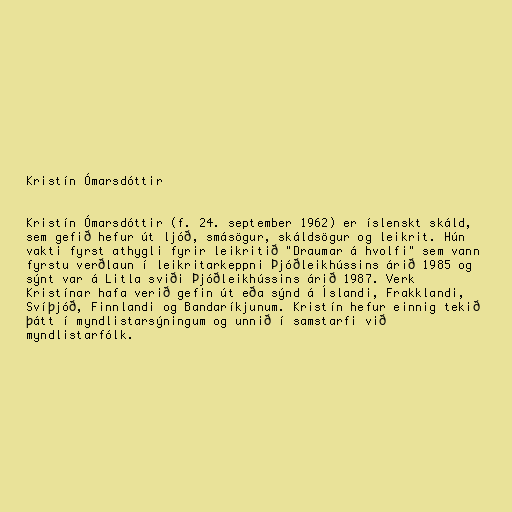
Kristín Ómarsdóttir

Kristín Ómarsdóttir (f. 24. september 1962) er íslenskt skáld,
sem gefið hefur út ljóð, smásögur, skáldsögur og leikrit. Hún
vakti fyrst athygli fyrir leikritið "Draumar á hvolfi" sem vann
fyrstu verðlaun í leikritarkeppni Þjóðleikhússins árið 1985 og
sýnt var á Litla sviði Þjóðleikhússins árið 1987. Verk
Kristínar hafa verið gefin út eða sýnd á Íslandi, Frakklandi,
Svíþjóð, Finnlandi og Bandaríkjunum. Kristín hefur einnig tekið
þátt í myndlistarsýningum og unnið í samstarfi við
myndlistarfólk.